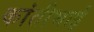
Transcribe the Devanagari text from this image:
कांतीभाई